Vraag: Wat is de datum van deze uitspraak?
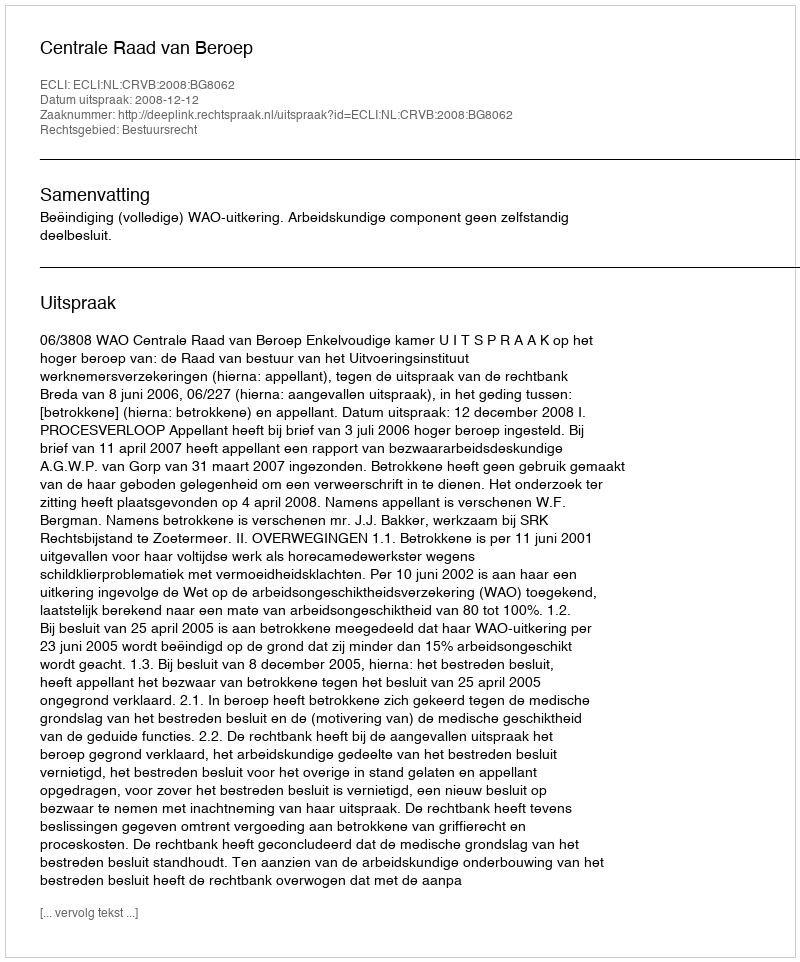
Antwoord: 2008-12-12